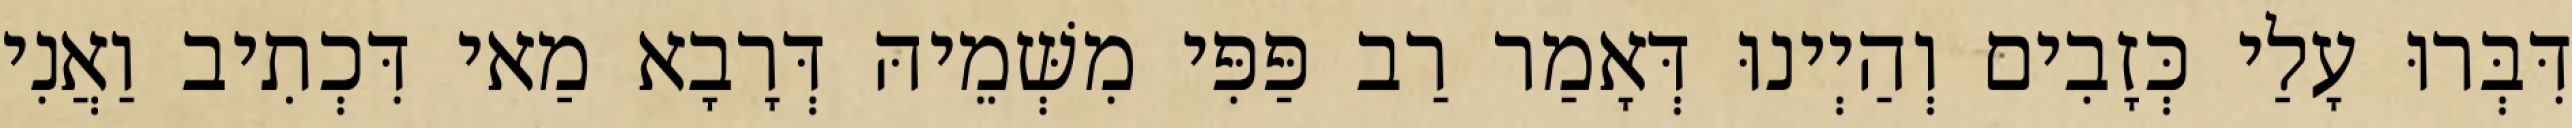
דִּבְּרוּ עָלַי כְּזָבִים וְהַיְינוּ דְּאָמַר רַב פַּפִּי מִשְּׁמֵיהּ דְּרָבָא מַאי דִּכְתִיב וַאֲנִי